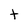
Character: t